system: You are a helpful assistant.
user:
Analyze the provided spectrum to determine if it is a **"Cataclysmic Variables (CV)"**.

- **Key Indicators for CV (Check for either state):**
    - **State 1: Quiescent / Low-State (Emission-Dominated)**
        - **(Primary):** Strong and *very broad* Hydrogen Balmer emission lines (e.g., $H\alpha$ at 6563 Å, $H\beta$ at 4861 Å). The 'broadness' (high velocity dispersion, often FWHM > 1000 km/s) is the key diagnostic, indicating a high-velocity accretion disk.
        - **(Secondary):** Broad neutral Helium (He I) emission lines (e.g., 5876 Å, 6678 Å).
        - **(Key Confirmation):** Presence of high-excitation *ionized* Helium (He II) emission at 4686 Å. This is a strong indicator of accretion onto a white dwarf.
        - **(Line Profile):** Emission lines may exhibit a 'double-peaked' profile, which is a classic signature of a rotating accretion disk viewed at high inclination.

    - **State 2: Outburst / High-State (Absorption-Dominated)**
        - **(Primary):** Spectrum is dominated by a bright, blue continuum (looks like a hot star).
        - **(Secondary):** The emission lines from State 1 are weak, absent, or 'filled in', and are replaced by broad, shallow *absorption* lines (primarily Balmer and He I).
        - **(Morphology):** The overall spectrum mimics a hot B/A-type star. The crucial difference is that the absorption lines are significantly broader, shallower, and more 'washed-out' (or 'smeared') than the sharp lines of a normal stellar photosphere, due to high rotational speeds and pressure broadening in the disk.

Think first, call **spectral_visualization_tool** if needed to examine features in detail, then provide your final answer. Your response must adhere to the following strict rules:
1.  **Overall Structure:** Your response must follow the format `<think>...</think> <tool_call>...</tool_call> (if a tool is used) <answer>...</answer>`.
2.  **Tool Usage Constraint:** You may only make **one** tool call per turn.
3.  **Final Answer Format:** In the `<answer>` tag, your conclusion must be inside a `\boxed{}` command (e.g., `\boxed{YES}`), followed by your justification.

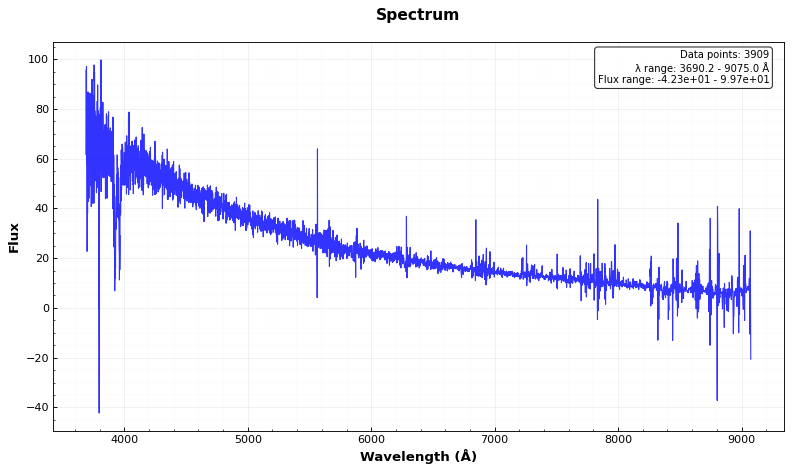
Answer: NO